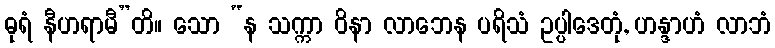
ဓုရံ နီဟရာမီ”တိ။ သော “န သက္ကာ ဝိနာ လာဘေန ပရိသံ ဥပ္ပါဒေတုံ, ဟန္ဒာဟံ လာဘံ